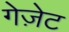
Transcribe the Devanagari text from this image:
गेज़ेट